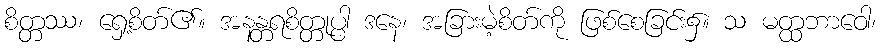
စိတ္တဿ၊ ရှေ့စိတ်၏။ အနန္တရစိတ္တုပ္ပါ ဒနေ၊ အခြားမဲ့စိတ်ကို ဖြစ်စေခြင်း၌။ သ မတ္ထဘာဝေါ၊